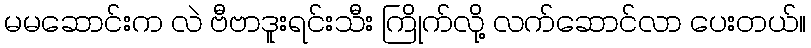
မမဆောင်းက လဲ ဗီဗာဒူးရင်းသီး ကြိုက်လို့ လက်ဆောင်လာ ပေးတယ်။